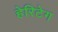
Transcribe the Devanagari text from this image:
हेरिटेग